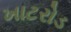
ખાટરોડ